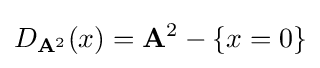
D_{\mathbf {A} ^{2}}(x)=\mathbf {A} ^{2}-\{x=0\}